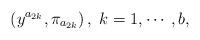
LaTeX: \begin{align*}\left( y^{a_{2k}},\pi _{a_{2k}}\right) ,\;k=1,\cdots ,b, \end{align*}